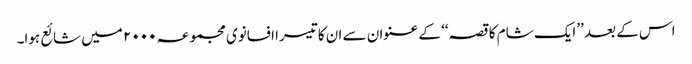
اس کے بعد ’’ایک شام کا قصہ‘‘ کے عنوان سے ان کا تیسرا افسانوی مجموعہ ۲۰۰۰ میں شائع ہوا۔